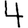
Digit: 4